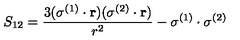
S _ { 1 2 } = \frac { 3 ( \mathrm { \boldmath \sigma } ^ { ( 1 ) } \cdot { \bf r } ) ( \mathrm { \boldmath \sigma } ^ { ( 2 ) } \cdot { \bf r } ) } { r ^ { 2 } } - \mathrm { \boldmath \sigma } ^ { ( 1 ) } \cdot \mathrm { \boldmath \sigma } ^ { ( 2 ) }